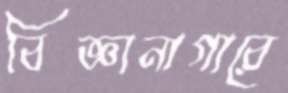
বিজ্ঞানাগারে